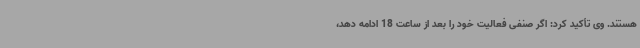
هستند. وی تأکید کرد: اگر صنفی فعالیت خود را بعد از ساعت 18 ادامه دهد،